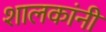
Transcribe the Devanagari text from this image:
शालकांनी